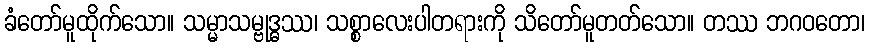
ခံတော်မူထိုက်သော။ သမ္မာသမ္ဗုဒ္ဓဿ၊ သစ္စာလေးပါတရားကို သိတော်မူတတ်သော။ တဿ ဘဂဝတော၊